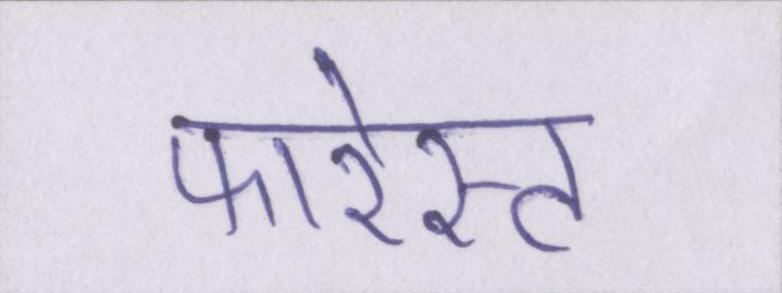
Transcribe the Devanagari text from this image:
फारेस्ट